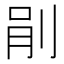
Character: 剈